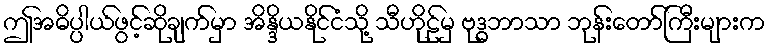
ဤအဓိပ္ပါယ်ဖွင့်ဆိုချက်မှာ အိန္ဒိယနိုင်ငံသို့ သီဟိုဠ်မှ ဗုဒ္ဓဘာသာ ဘုန်းတော်ကြီးများက